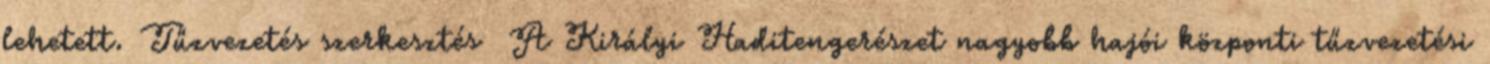
lehetett. Tűzvezetés szerkesztés A Királyi Haditengerészet nagyobb hajói központi tűzvezetési